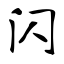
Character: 闪